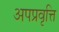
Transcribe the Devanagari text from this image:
अपप्रवृत्ति